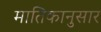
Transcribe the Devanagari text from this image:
मातिकानुसार